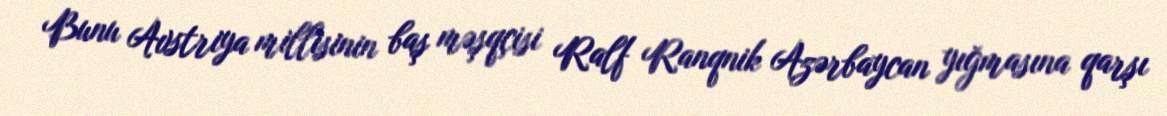
Bunu Avstriya millisinin baş məşqçisi Ralf Ranqnik Azərbaycan yığmasına qarşı